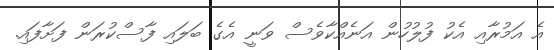
އެ އަމުރާއި އެކު ފުލުހުން އަނެއްކާވެސް ވަނީ އެގެ ބަލައި ފާސްކުރަން ފަށާފައި.